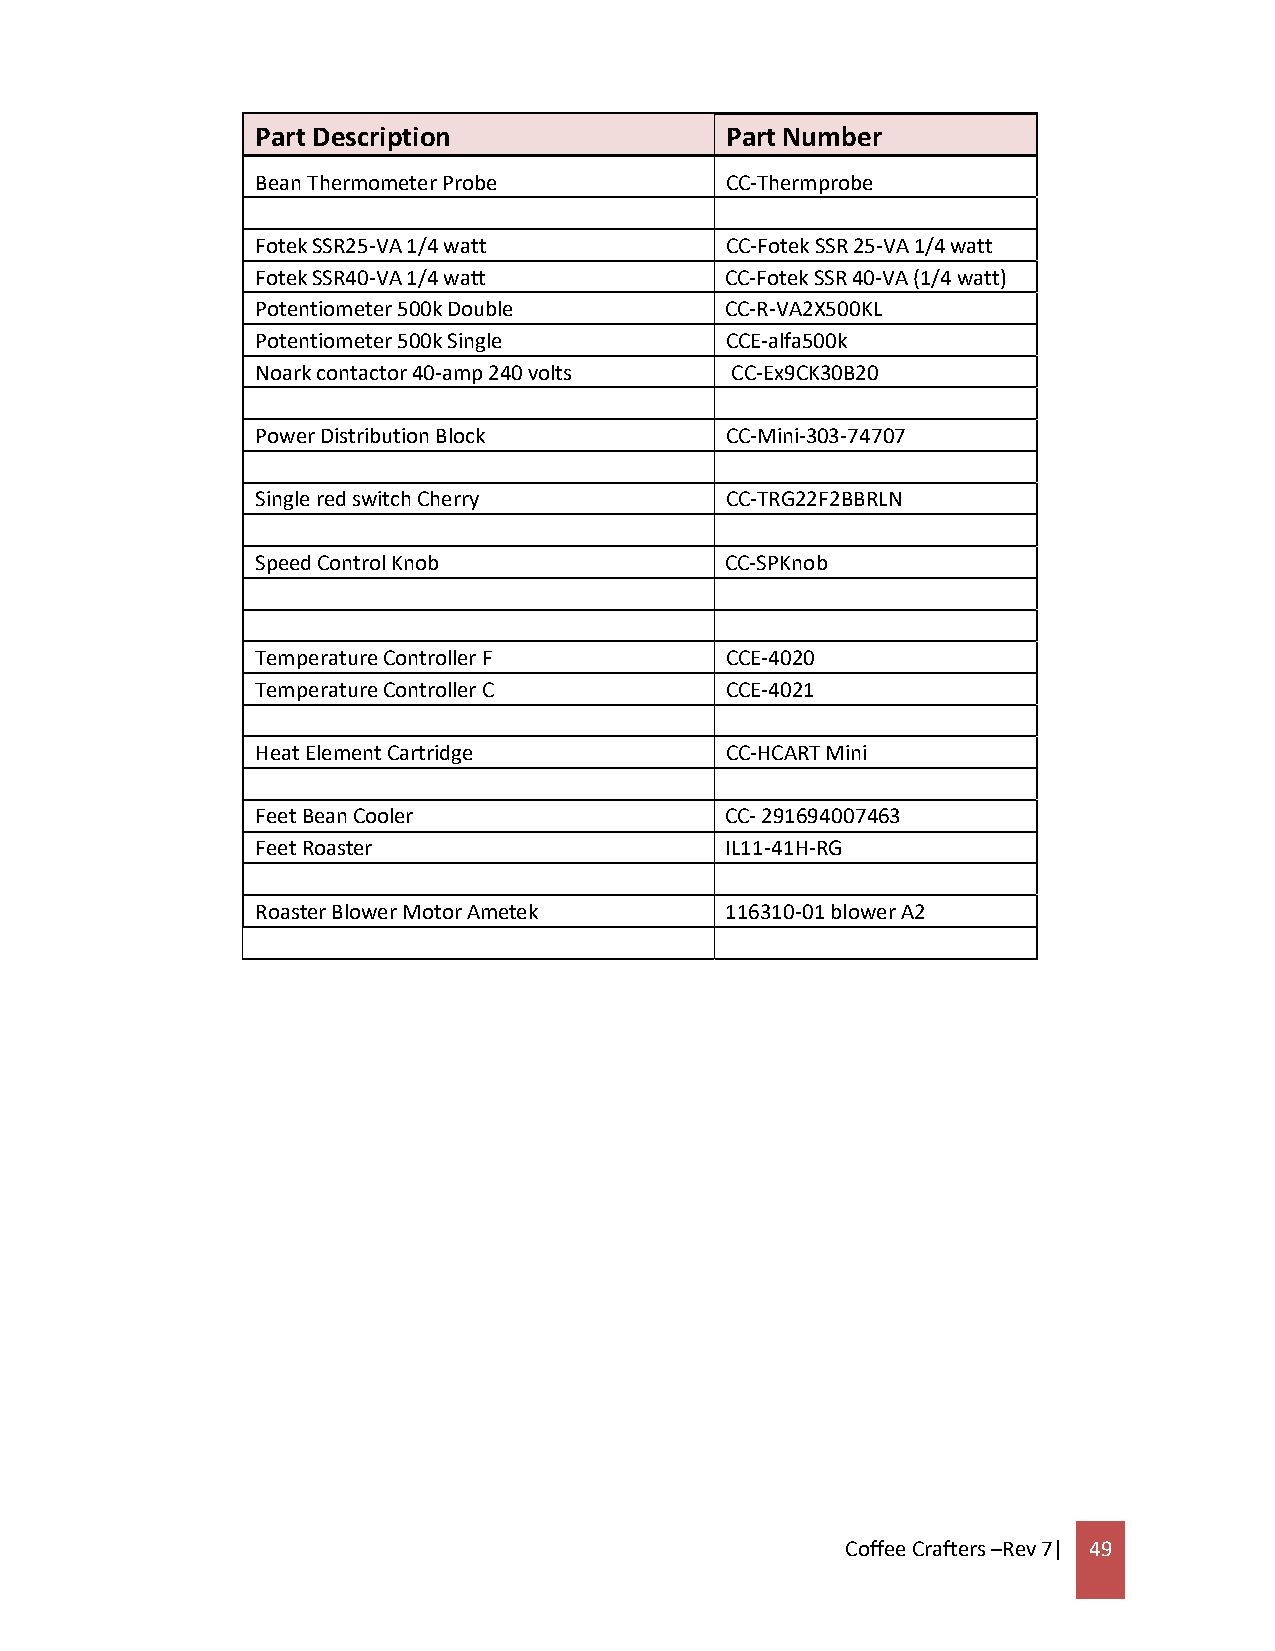
Part Description               Part Number
 Bean Thermometer Probe         CC-Thermprobe
 Fotek SSR25-VA 1/4 watt        CC-Fotek SSR 25-VA 1/4 watt
 Fotek SSR40-VA 1/4 watt        CC-Fotek SSR 40-VA (1/4 watt)
 Potentiometer 500k Double      CC-R-VA2X500KL
 Potentiometer 500k Single      CCE-alfa500k
 Noark contactor 40-amp 240 volts CC-Ex9CK30B20
 Power Distribution Block       CC-Mini-303-74707
 Single red switch Cherry       CC-TRG22F2BBRLN
 Speed Control Knob             CC-SPKnob
 Temperature Controller F       CCE-4020
 Temperature Controller C       CCE-4021
 Heat Element Cartridge         CC-HCART Mini
 Feet Bean Cooler               CC- 291694007463
 Feet Roaster                   IL11-41H-RG
 Roaster Blower Motor Ametek    116310-01 blower A2
 Coffee Crafters –Rev 7| 49